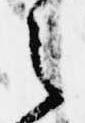
之